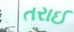
તરાઈ